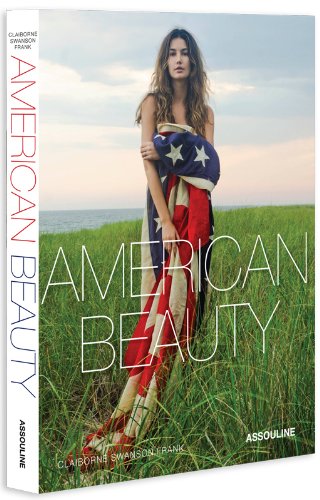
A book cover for American Beauty; Genevieve Bahrenburg; Humor & Entertainment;